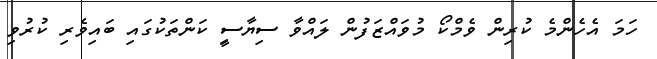
ހަމަ އެހެންމެ ކުރިން ވެމްކޯ މުވައްޒަފުން ލައްވާ ސިޔާސީި ކަންތަކުގައި ބައިވެރި ކުރުވި